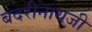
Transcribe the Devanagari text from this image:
बदरीनाथजी